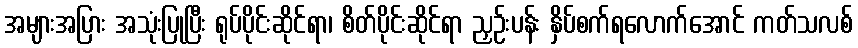
အများအပြား အသုံးပြုပြီး ရုပ်ပိုင်းဆိုင်ရာ၊ စိတ်ပိုင်းဆိုင်ရာ ညှဉ်းပန်း နှိပ်စက်ရလောက်အောင် ကတ်သလစ်